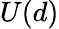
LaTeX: U(d)